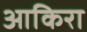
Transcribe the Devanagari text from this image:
आकिरा